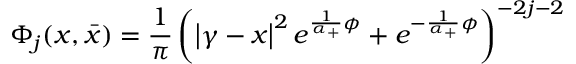
\Phi _ { j } ( x , \bar { x } ) = \frac 1 \pi \left( \left| \gamma - x \right| ^ { 2 } e ^ { \frac 1 { \alpha _ { + } } \phi } + e ^ { - \frac 1 { \alpha _ { + } } \phi } \right) ^ { - 2 j - 2 }